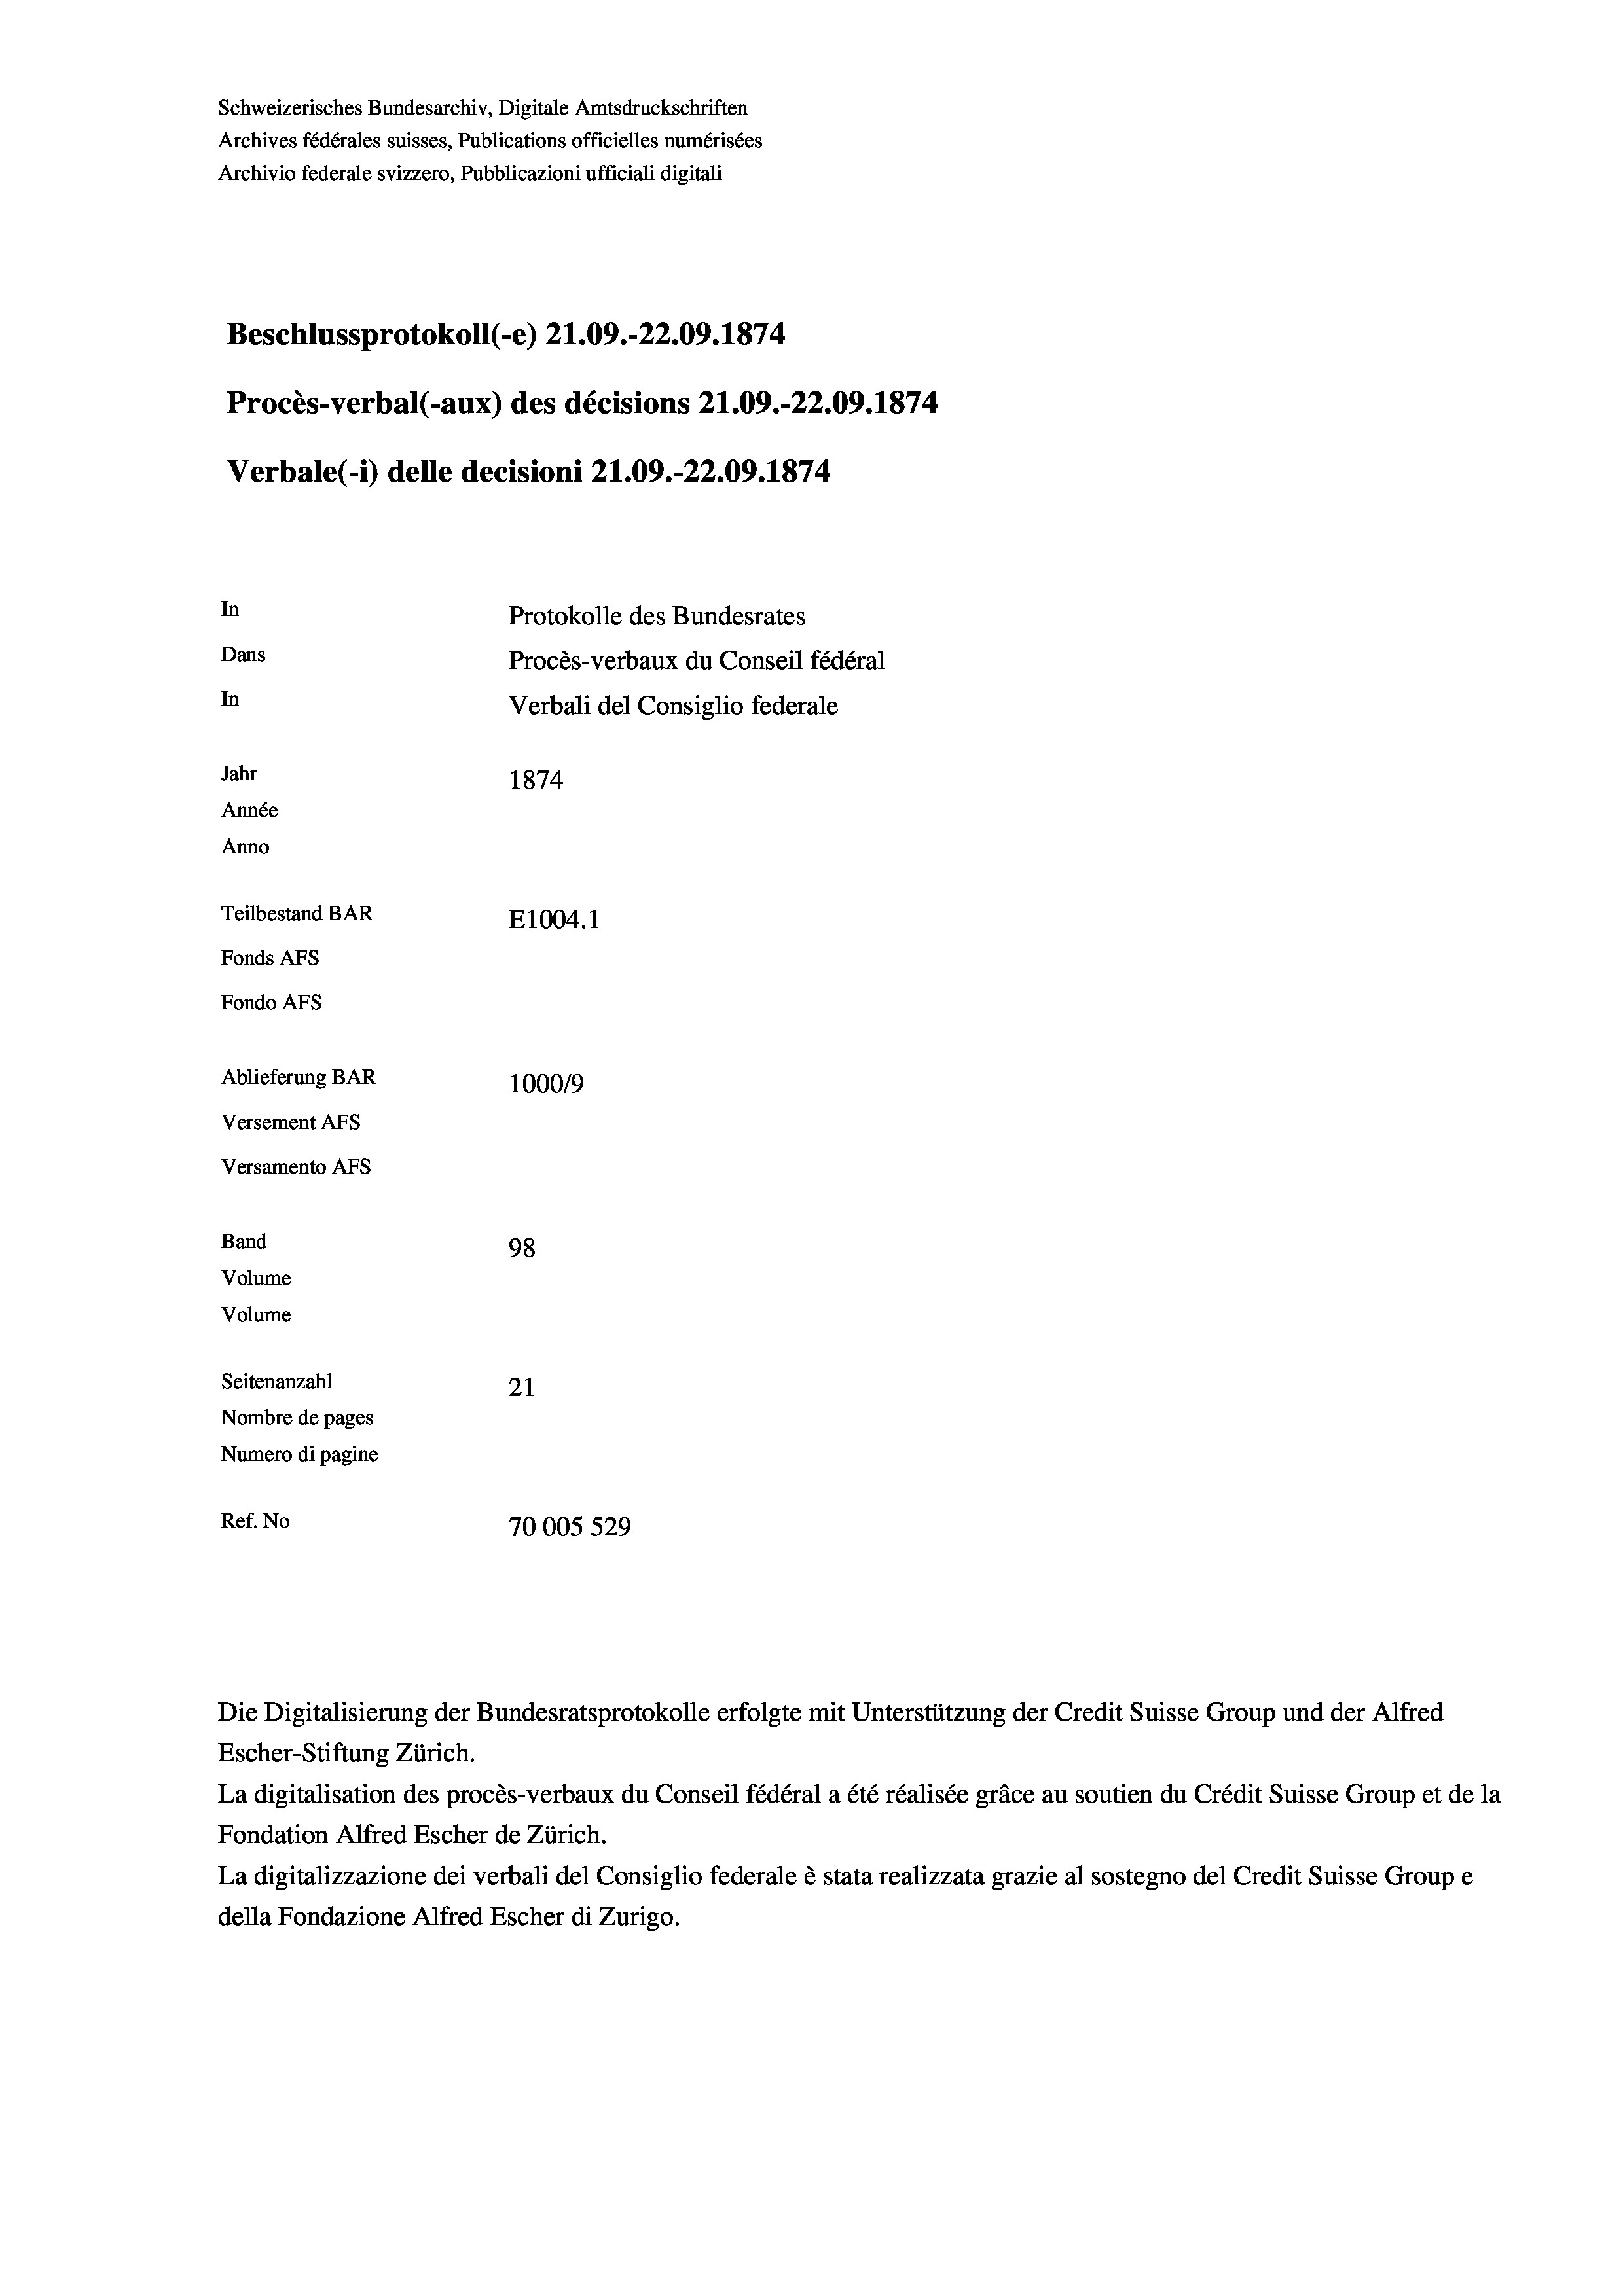
Beschlussprotokoll (-e) 21.09.-22.09. 1874
In
Protokolle des Bundesrates
Dans
Procès-verbaux du Conseil fédéral
In
Verbali del Consiglio federale
Jahr
1874
Année
Anno
Teilbestand BAR
E1004. 1
Fonds AFs
Fondo Afs
Ablieferung BAR
1000/9
Versement AFs

Versamento AFs
Band
Volume
Volume

Schweizerisches Bundesarchiv, Digitale Amtsdruckschriften
Archives fédérales suisses, Publications officielles numérisées
Archivio federale svizzero, Pubblicazioni ufficiali digitali

Procès-verbal (-aux) des décisions Z1.09.-22.09. 1874

Verbale (1) delle decisioni 21.09.-22.09. 1874.

98
Seitenanzahl
21
Nombre de pages
Numero di pagine
Ref. No
70005 529

Die Digitalisierung der Bundesratsprotokolle erfolgte mit Unterstützung der Credit Suisse Group und der Alfred
Escher-Stiftung Zürich.
La digitalisation des procès-verbaux du Conseil fédéral a été réalisée gräce au soutien du Crédit Suisse Group et de la
Fondation Alfred Escher de Zürich.
La digitalizzazione dei verbali del Consiglio federale è stata realizzata grazie al sostegno del Credit Suisse Groupe
della Fondazione Alfred Escher di Zurigo.